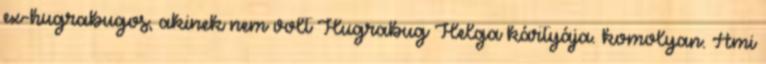
ex-hugrabugos, akinek nem volt Hugrabug Helga kártyája. komolyan. Ami